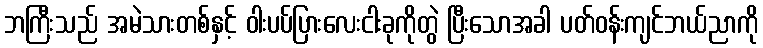
ဘကြီးသည် အမဲသားတစ်နှင့် ဝါးပပ်ပြားလေးငါးခုကိုတွဲ ပြီးသောအခါ ပတ်ဝန်းကျင်ဘယ်ညာကို